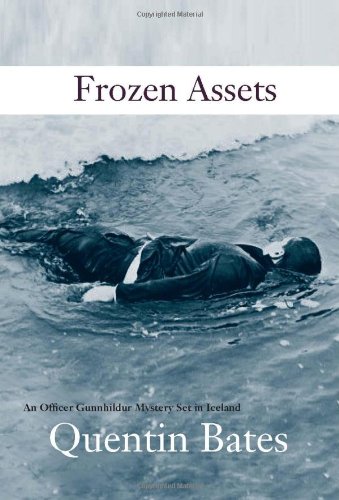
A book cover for Frozen Assets: Introducing the Gunnhilder Mystery Series Set in Iceland; Quentin Bates; Mystery, Thriller & Suspense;